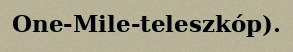
One-Mile-teleszkóp).